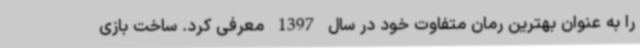
را به عنوان بهترین رمان متفاوت خود در سال 1397 معرفی کرد. ساخت بازی